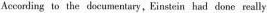
According to the doeumentary, Einstein had done really